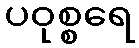
ပဝုစ္စရေ